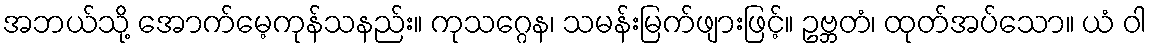
အဘယ်သို့ အောက်မေ့ကုန်သနည်း။ ကုသဂ္ဂေန၊ သမန်းမြက်ဖျားဖြင့်။ ဥဗ္ဘတံ၊ ထုတ်အပ်သော။ ယံ ဝါ